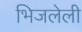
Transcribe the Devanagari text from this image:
भिजलेली